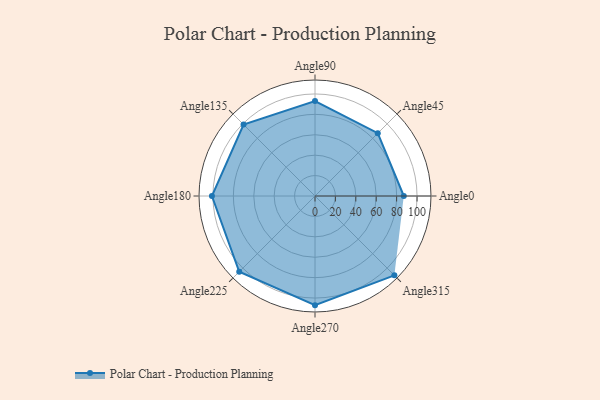
{"axis": {"x": "Angle", "y": "Radius"}, "legend": [""], "data": [{"x": "Angle0", "y": 87.0, "type": ""}, {"x": "Angle45", "y": 87.0, "type": ""}, {"x": "Angle90", "y": 93.0, "type": ""}, {"x": "Angle135", "y": 99.0, "type": ""}, {"x": "Angle180", "y": 101.0, "type": ""}, {"x": "Angle225", "y": 105.0, "type": ""}, {"x": "Angle270", "y": 107.0, "type": ""}, {"x": "Angle315", "y": 110.0, "type": ""}]}